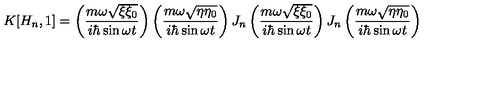
K [ H _ { n } , 1 ] = \left( \frac { m \omega \sqrt { \xi \xi _ { 0 } } } { i \hbar \sin \omega t } \right) \left( \frac { m \omega \sqrt { \eta \eta _ { 0 } } } { i \hbar \sin \omega t } \right) J _ { n } \left( \frac { m \omega \sqrt { \xi \xi _ { 0 } } } { i \hbar \sin \omega t } \right) J _ { n } \left( \frac { m \omega \sqrt { \eta \eta _ { 0 } } } { i \hbar \sin \omega t } \right) \nonumber